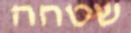
שטחה